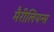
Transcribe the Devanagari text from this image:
मैरीलियन्स